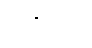
ဟစ်တိုင်